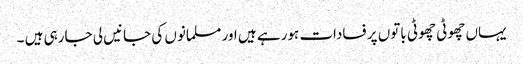
یہاں چھوٹی چھوٹی باتوں پر فسادات ہورہے ہیں اور مسلمانوں کی جانیں لی جارہی ہیں ۔